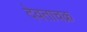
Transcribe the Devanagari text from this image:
देवताचक्र